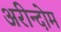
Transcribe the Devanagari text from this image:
अरीन्दोम